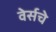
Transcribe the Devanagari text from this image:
वेर्सचे